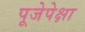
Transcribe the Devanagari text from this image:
पूजेपेक्षा